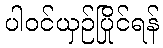
ပါဝင်ယှဉ်ပြိုင်ရန်